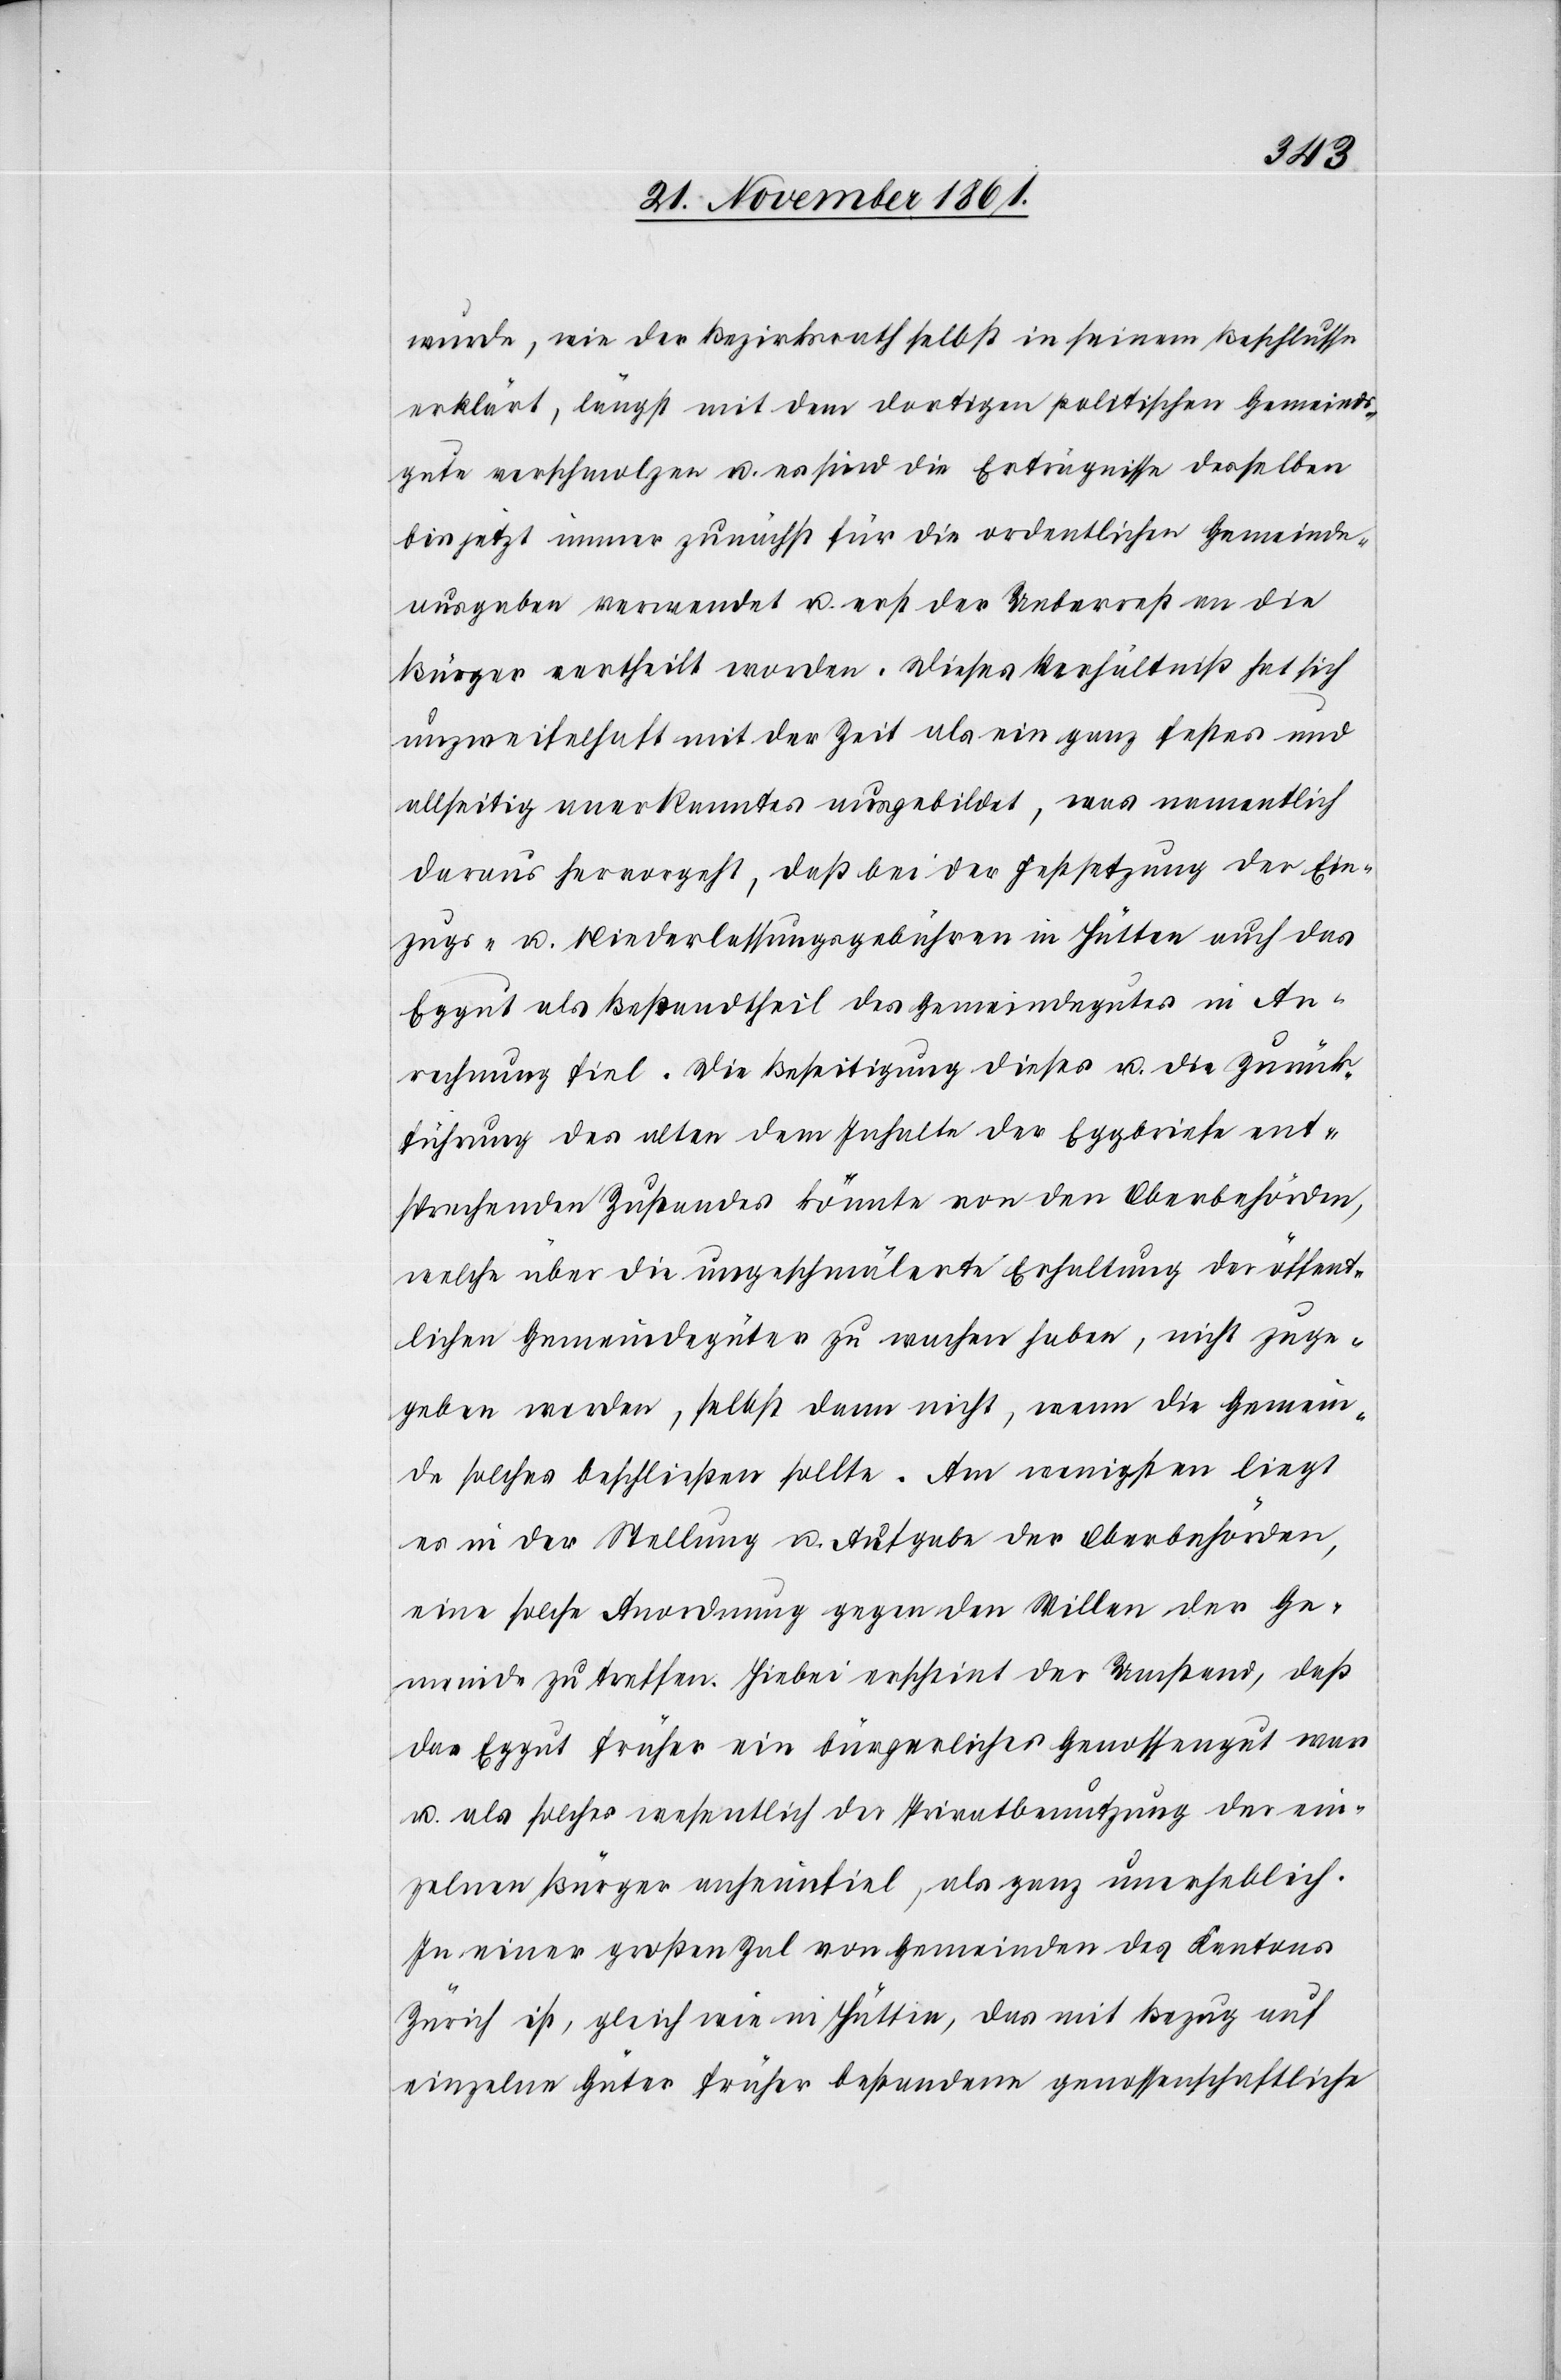
wurde, wie der Bezirksrath selbst in seinem Beschlusse
erklärt, längst mit dem dortigen politischen Gemeinds¬
gute verschmolzen u. es sind die Erträgnisse desselben
bis jetzt immer zunächst für die ordentlichen Gemeinde¬
ausgaben verwendet u. erst der Ueberrest an die
Bürger vertheilt worden. Dieses Verhältniß hat sich
unzweifelhaft mit der Zeit als ein ganz festes und
allseitig anerkanntes ausgebildet, was namentlich
daraus hervorgeht, daß bei der Festsetzung der Ein¬
zugs- u. Niederlassungsgebühren in Hütten auch das
Eggut als Bestandtheil des Gemeindgutes in An¬
rechnung fiel. Die Beseitigung dieses u. die Zurück¬
führung des alten dem Inhalte der Eggbriefe ent¬
sprechenden Zustandes könnte von den Oberbehörden,
welche über die ungeschmälerte Erhaltung der öffent¬
lichen Gemeindegüter zu wachen haben, nicht zuge¬
geben werden, selbst dann nicht, wenn die Gemein¬
de solches beschließen sollte. Am wenigsten liegt
es in der Stellung u. Aufgabe der Oberbehörden,
eine solche Anordnung gegen den Willen der Ge¬
meinde zu treffen. Hiebei erscheint der Umstand, daß
das Eggut früher ein bürgerliches Genossengut war
u. als solches wesentlich der Privatbenutzung der ein¬
zelnen Bürger anheimfiel, als ganz unerheblich.
In einer großen Zal von Gemeinden des Kantons
Zürich ist, gleich wie in Hütten, das mit Bezug auf
einzelne Güter früher bestandene genossenschaftliche